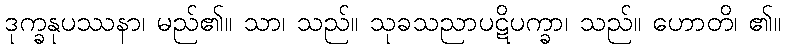
ဒုက္ခနုပဿနာ၊ မည်၏။ သာ၊ သည်။ သုခသညာပဋိပက္ခာ၊ သည်။ ဟောတိ၊ ၏။